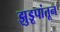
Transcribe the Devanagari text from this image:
झुडूपांतून